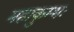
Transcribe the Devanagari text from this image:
महाकुम्भः